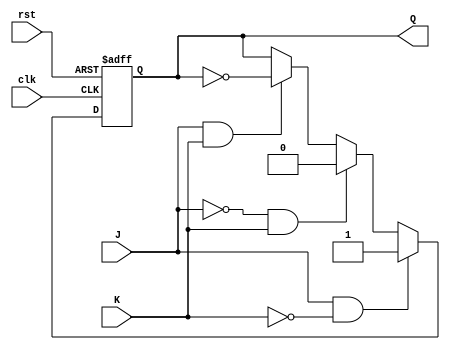
module jk_latch (
    input J, 
    input K, 
    input clk, 
    input rst, 
    output reg Q
);

always @(posedge clk or posedge rst) begin
    if (rst) begin
        Q <= 1'b0;
    end else begin
        if (J && ~K) begin
            Q <= 1'b1;
        end else if (~J && K) begin
            Q <= 1'b0;
        end else if (J && K) begin
            Q <= ~Q;
        end
    end
end

endmodule